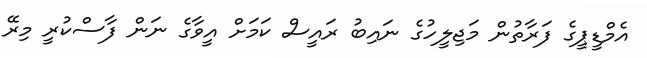
އެމްޑީޕީގެ ފަރާތުން މަޖިލީހުގެ ނައިބު ރައީސް ކަމަށް އީވާގެ ނަން ފާސްކުރީ މިރޭ